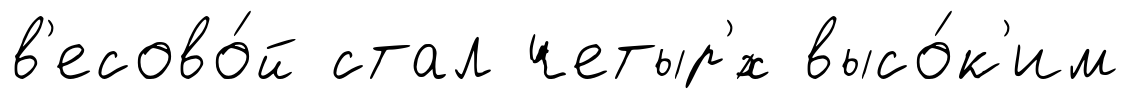
в'есово́й стал четыр'́х высо́к'им